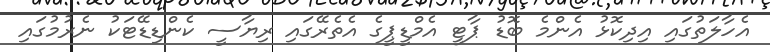
އެހާލަތުގައި އިދިކޮޅު އެންމެ ބޮޑު ޕާޓީ އެމްޑީޕީގެ އެތެރޭގައި ރިޔާސީ ކެންޑިޑޭޓަކު ނެރުމުގައި